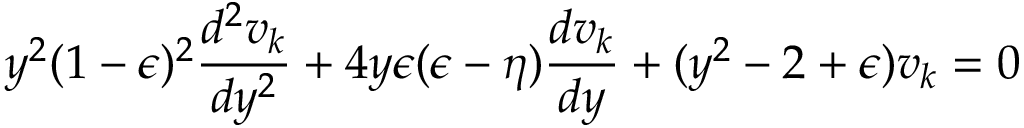
y ^ { 2 } ( 1 - \epsilon ) ^ { 2 } \frac { d ^ { 2 } v _ { k } } { d y ^ { 2 } } + 4 y \epsilon ( \epsilon - \eta ) \frac { d v _ { k } } { d y } + ( y ^ { 2 } - 2 + \epsilon ) v _ { k } = 0